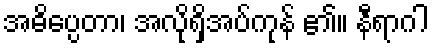
အဓိပ္ပေတာ၊ အလိုရှိအပ်ကုန် ၏။ နီရာဂါ